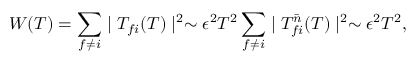
W ( T ) = \sum _ { f \neq i } \mid T _ { f i } ( T ) \mid ^ { 2 } \sim \epsilon ^ { 2 } T ^ { 2 } \sum _ { f \neq i } \mid T _ { f i } ^ { \bar { n } } ( T ) \mid ^ { 2 } \sim \epsilon ^ { 2 } T ^ { 2 } ,